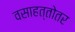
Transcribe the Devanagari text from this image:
वसाहत्तोतर